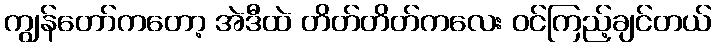
ကျွန်တော်ကတော့ အဲဒီထဲ တိတ်တိတ်ကလေး ဝင်ကြည့်ချင်တယ်